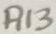
Text: R13